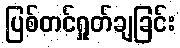
ပြစ်တင်ရှုတ်ချခြင်း